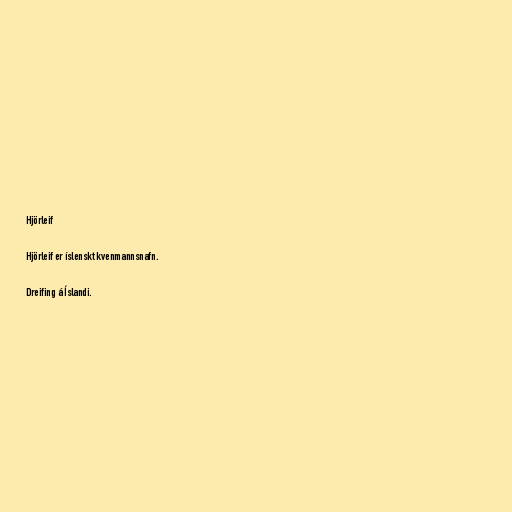
Hjörleif

Hjörleif er íslenskt kvenmannsnafn.

Dreifing á Íslandi.